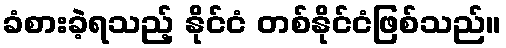
ခံစားခဲ့ရသည့် နိုင်ငံ တစ်နိုင်ငံဖြစ်သည်။